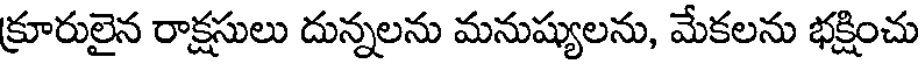
క్రూరులైన రాక్షసులు దున్నలను మనుష్యులను, మేకలను భక్షించు